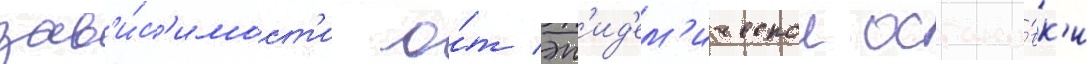
зав'и́с'имост'и о́т эп'ид'ем'ическои остано́вк'и